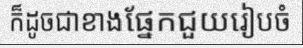
ក៏ដូចជាខាងផ្នែកជួយរៀបចំ